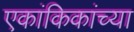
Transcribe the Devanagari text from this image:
एकांकिकांच्या